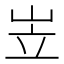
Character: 岦